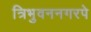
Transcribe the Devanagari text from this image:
त्रिभुवननगरपे